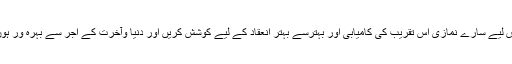
اس لیے سارے نمازی اس تقریب کی کامیابی اور بہترسے بہتر انعقاد کے لیے کوشش کریں اور دنیا وآخرت کے اجر سے بہرہ ور ہوں۔